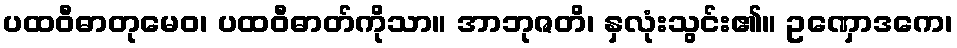
ပထဝီဓာတုမေဝ၊ ပထဝီဓာတ်ကိုသာ။ အာဘုဇတိ၊ နှလုံးသွင်း၏။ ဥဏှောဒကေ၊